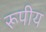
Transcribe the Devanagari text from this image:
रूपीय